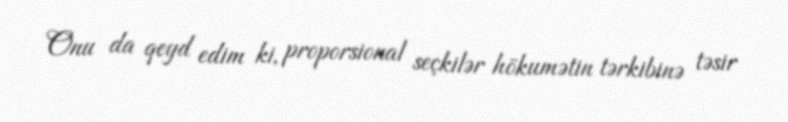
Onu da qeyd edim ki, proporsional seçkilər hökumətin tərkibinə təsir